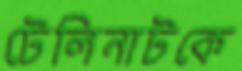
টেলিনাটকে